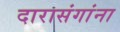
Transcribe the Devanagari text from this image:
दारासंगांना